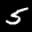
Label: 5